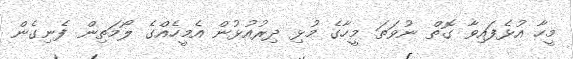
މީހާ އުޅެފައިވާ ގޮތް ނުވަތަ މީހާގެ މުޅި ދިރުއުޅުން އެމީހެއްގެ ލޯމަތިން ފެނިގެން